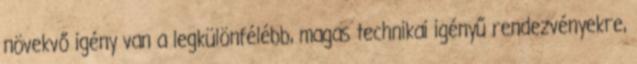
növekvő igény van a legkülönfélébb, magas technikai igényű rendezvényekre,